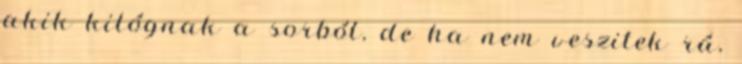
akik kilógnak a sorból, de ha nem veszitek rá,